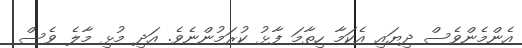
އެންމެންވެސް ދިޔައި އެކަމާ ހިތާމަ ފާޅު ކުރަމުންނެވެ. އަދި މުޅި މާލެ ވެސް